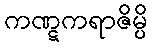
ကဏ္ဋကရာဇိမ္ပိ